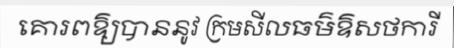
គោរពឱ្យបាននូវ ក្រមសីលធម៌ឱសថការី